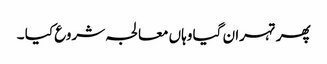
پھر تہران گیا وہاں معالجہ شروع کیا ۔